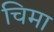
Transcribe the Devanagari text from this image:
चिमा